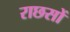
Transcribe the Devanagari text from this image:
राछसों